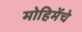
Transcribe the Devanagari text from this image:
मोहिमेंचे